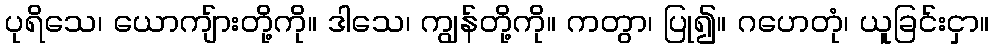
ပုရိသေ၊ ယောကျ်ားတို့ကို။ ဒါသေ၊ ကျွန်တို့ကို။ ကတွာ၊ ပြု၍။ ဂဟေတုံ၊ ယူခြင်းငှာ။